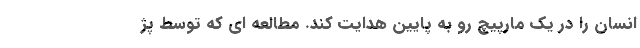
انسان را در یک مارپیچ رو به پایین هدایت کند. مطالعه ای که توسط پژ